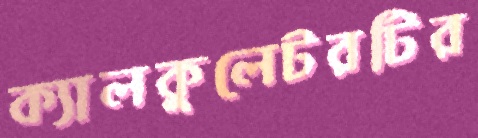
ক্যালকুলেটরটির